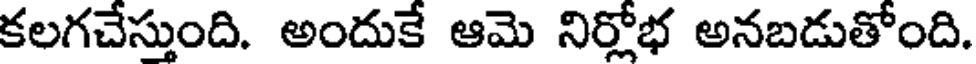
కలగచేస్తుంది. అందుకే ఆమె నిర్లోభ అనబడుతోంది.